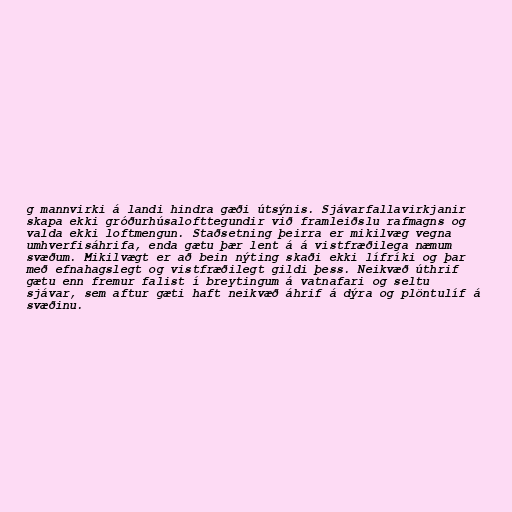
g mannvirki á landi hindra gæði útsýnis. Sjávarfallavirkjanir
skapa ekki gróðurhúsalofttegundir við framleiðslu rafmagns og
valda ekki loftmengun. Staðsetning þeirra er mikilvæg vegna
umhverfisáhrifa, enda gætu þær lent á á vistfræðilega næmum
svæðum. Mikilvægt er að bein nýting skaði ekki lífríki og þar
með efnahagslegt og vistfræðilegt gildi þess. Neikvæð úthrif
gætu enn fremur falist í breytingum á vatnafari og seltu
sjávar, sem aftur gæti haft neikvæð áhrif á dýra og plöntulíf á
svæðinu.